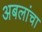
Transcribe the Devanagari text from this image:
अबलांचा